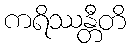
ကရိဿန္တီတိ